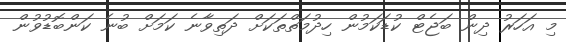
މި އަހަރު ދިން ބަޖެޓް ކުޑަކަމުން ހިދުމަތްތަކަށް ދަތިވާނެ ކަމަށް ބުނެ ކަންބޮޑުވުން